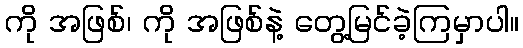
ကို အဖြစ်၊ ကို အဖြစ်နဲ့ တွေ့မြင်ခဲ့ကြမှာပါ။